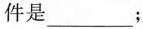
件是___；